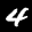
Digit: 4